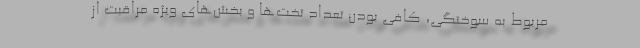
مربوط به سوختگی، کافی بودن تعداد تخت‌ها و بخش‌های ویژه مراقبت از